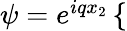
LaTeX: \begin{array}{r}{\psi=e^{iqx_{2}}\left\{ \begin{array}{rlrl}\end{array}\right.}\end{array}